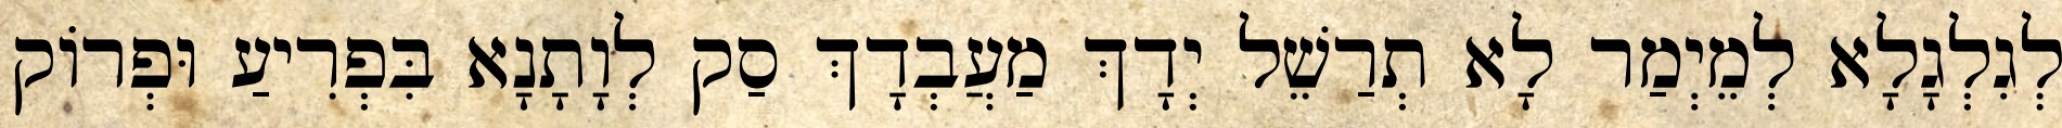
לְגִלְגָלָא לְמֵיְמַר לָא תְרַשֵׁל יְדָךְ מַעֲבְדָךְ סַק לְוָתָנָא בִּפְרִיעַ וּפְרוֹק